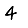
Digit: 4